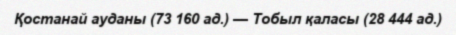
Қостанай ауданы (73 160 ад.) — Тобыл қаласы (28 444 ад.)